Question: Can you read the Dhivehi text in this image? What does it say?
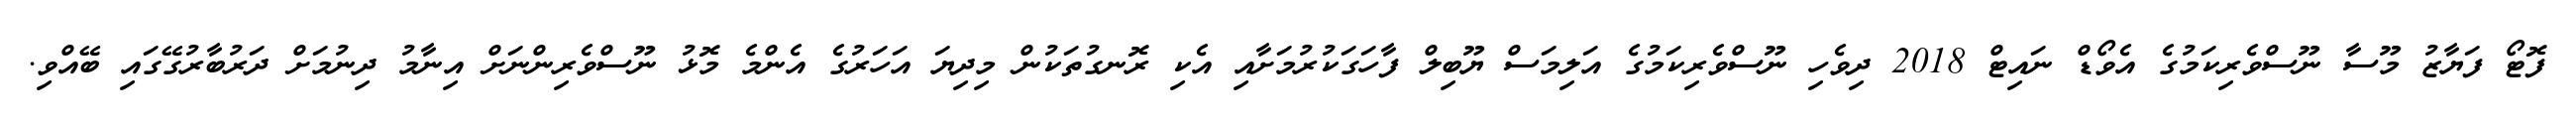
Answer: ފޮޓޯ ފަޔާޒު މޫސާ ނޫސްވެރިކަމުގެ އެވޯޑް ނައިޓް 2018 ދިވެހި ނޫސްވެރިކަމުގެ އަލިމަސް ޔޫބިލް ފާހަގަކުރުމަށާއި އެކި ރޮނގުތަކުން މިދިޔަ އަހަރުގެ އެންމެ މޮޅު ނޫސްވެރިންނަށް އިނާމު ދިނުމަށް ދަރުބާރުގޭގައި ބޭއްވި.